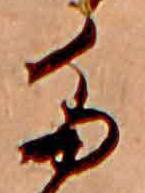
た